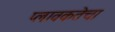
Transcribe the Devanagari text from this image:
प्लावकतेचा